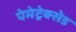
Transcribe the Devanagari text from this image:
पेमेट्रेक्सेड